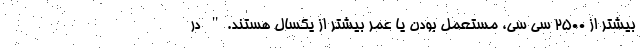
بیشتر از ۲۵۰۰ سی سی، مستعمل بودن یا عمر بیشتر از یکسال هستند." در